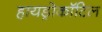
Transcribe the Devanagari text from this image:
हायड्रोकॉटिल